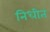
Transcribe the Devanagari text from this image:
निधीत